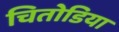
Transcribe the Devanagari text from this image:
चितोडिया